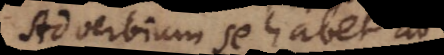
Adverbium se habet ad